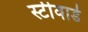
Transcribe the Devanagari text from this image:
स्टीवार्ड